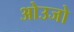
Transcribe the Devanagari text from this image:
ओउजो